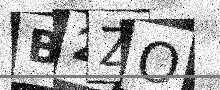
Text: B2ZO